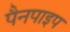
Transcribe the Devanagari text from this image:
पैनपाइप